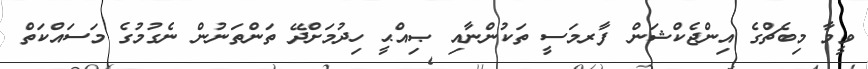
ވީމާ މިބެޗްގެ އިންޖެކްޝަން ފާރމަސީ ތަކުންނާއި ޞިއްޙީ ހިދުމަށްދޭ ތަންތަނުން ނެގުމުގެ މަސައްކަތް